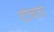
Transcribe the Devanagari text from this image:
टोचता